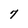
Character: 7